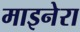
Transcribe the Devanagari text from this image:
माइनेरा